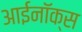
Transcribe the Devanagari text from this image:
आईनॉक्स